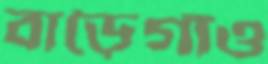
বাড়ৈগাঁও